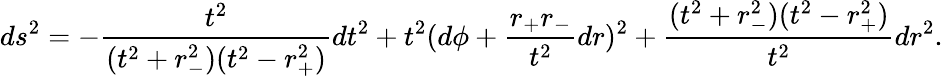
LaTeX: ds^{2}=-\frac{t^{2}}{(t^{2}+r_{-}^{2})(t^{2}-r_{+}^{2})}dt^{2}+t^{2}(d\phi+\frac{r_{+}r_{-}}{t^{2}}dr)^{2}+\frac{(t^{2}+r_{-}^{2})(t^{2}-r_{+}^{2})}{t^{2}}dr^{2}.